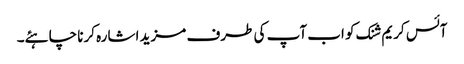
آئس کریم شنک کو اب آپ کی طرف مزید اشارہ کرنا چاہئے۔